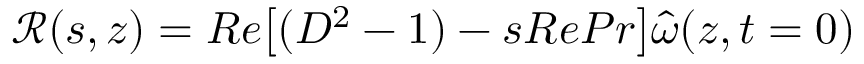
\mathscr { R } ( s , z ) = R e \big [ ( D ^ { 2 } - 1 ) - s R e P r \big ] \hat { \omega } ( z , t = 0 )